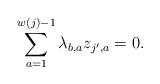
LaTeX: \begin{align*}\sum_{a=1}^{w(j)-1} \lambda_{b,a}z_{j^\prime,a}=0.\end{align*}